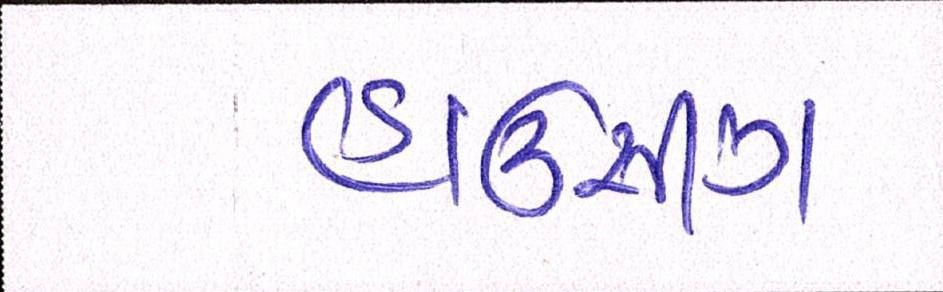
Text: હાઉસિંગ